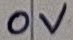
Text: 0V